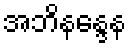
အဘိနန္ဒေန